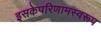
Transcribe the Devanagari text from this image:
इसकेपरिणामस्वरूप